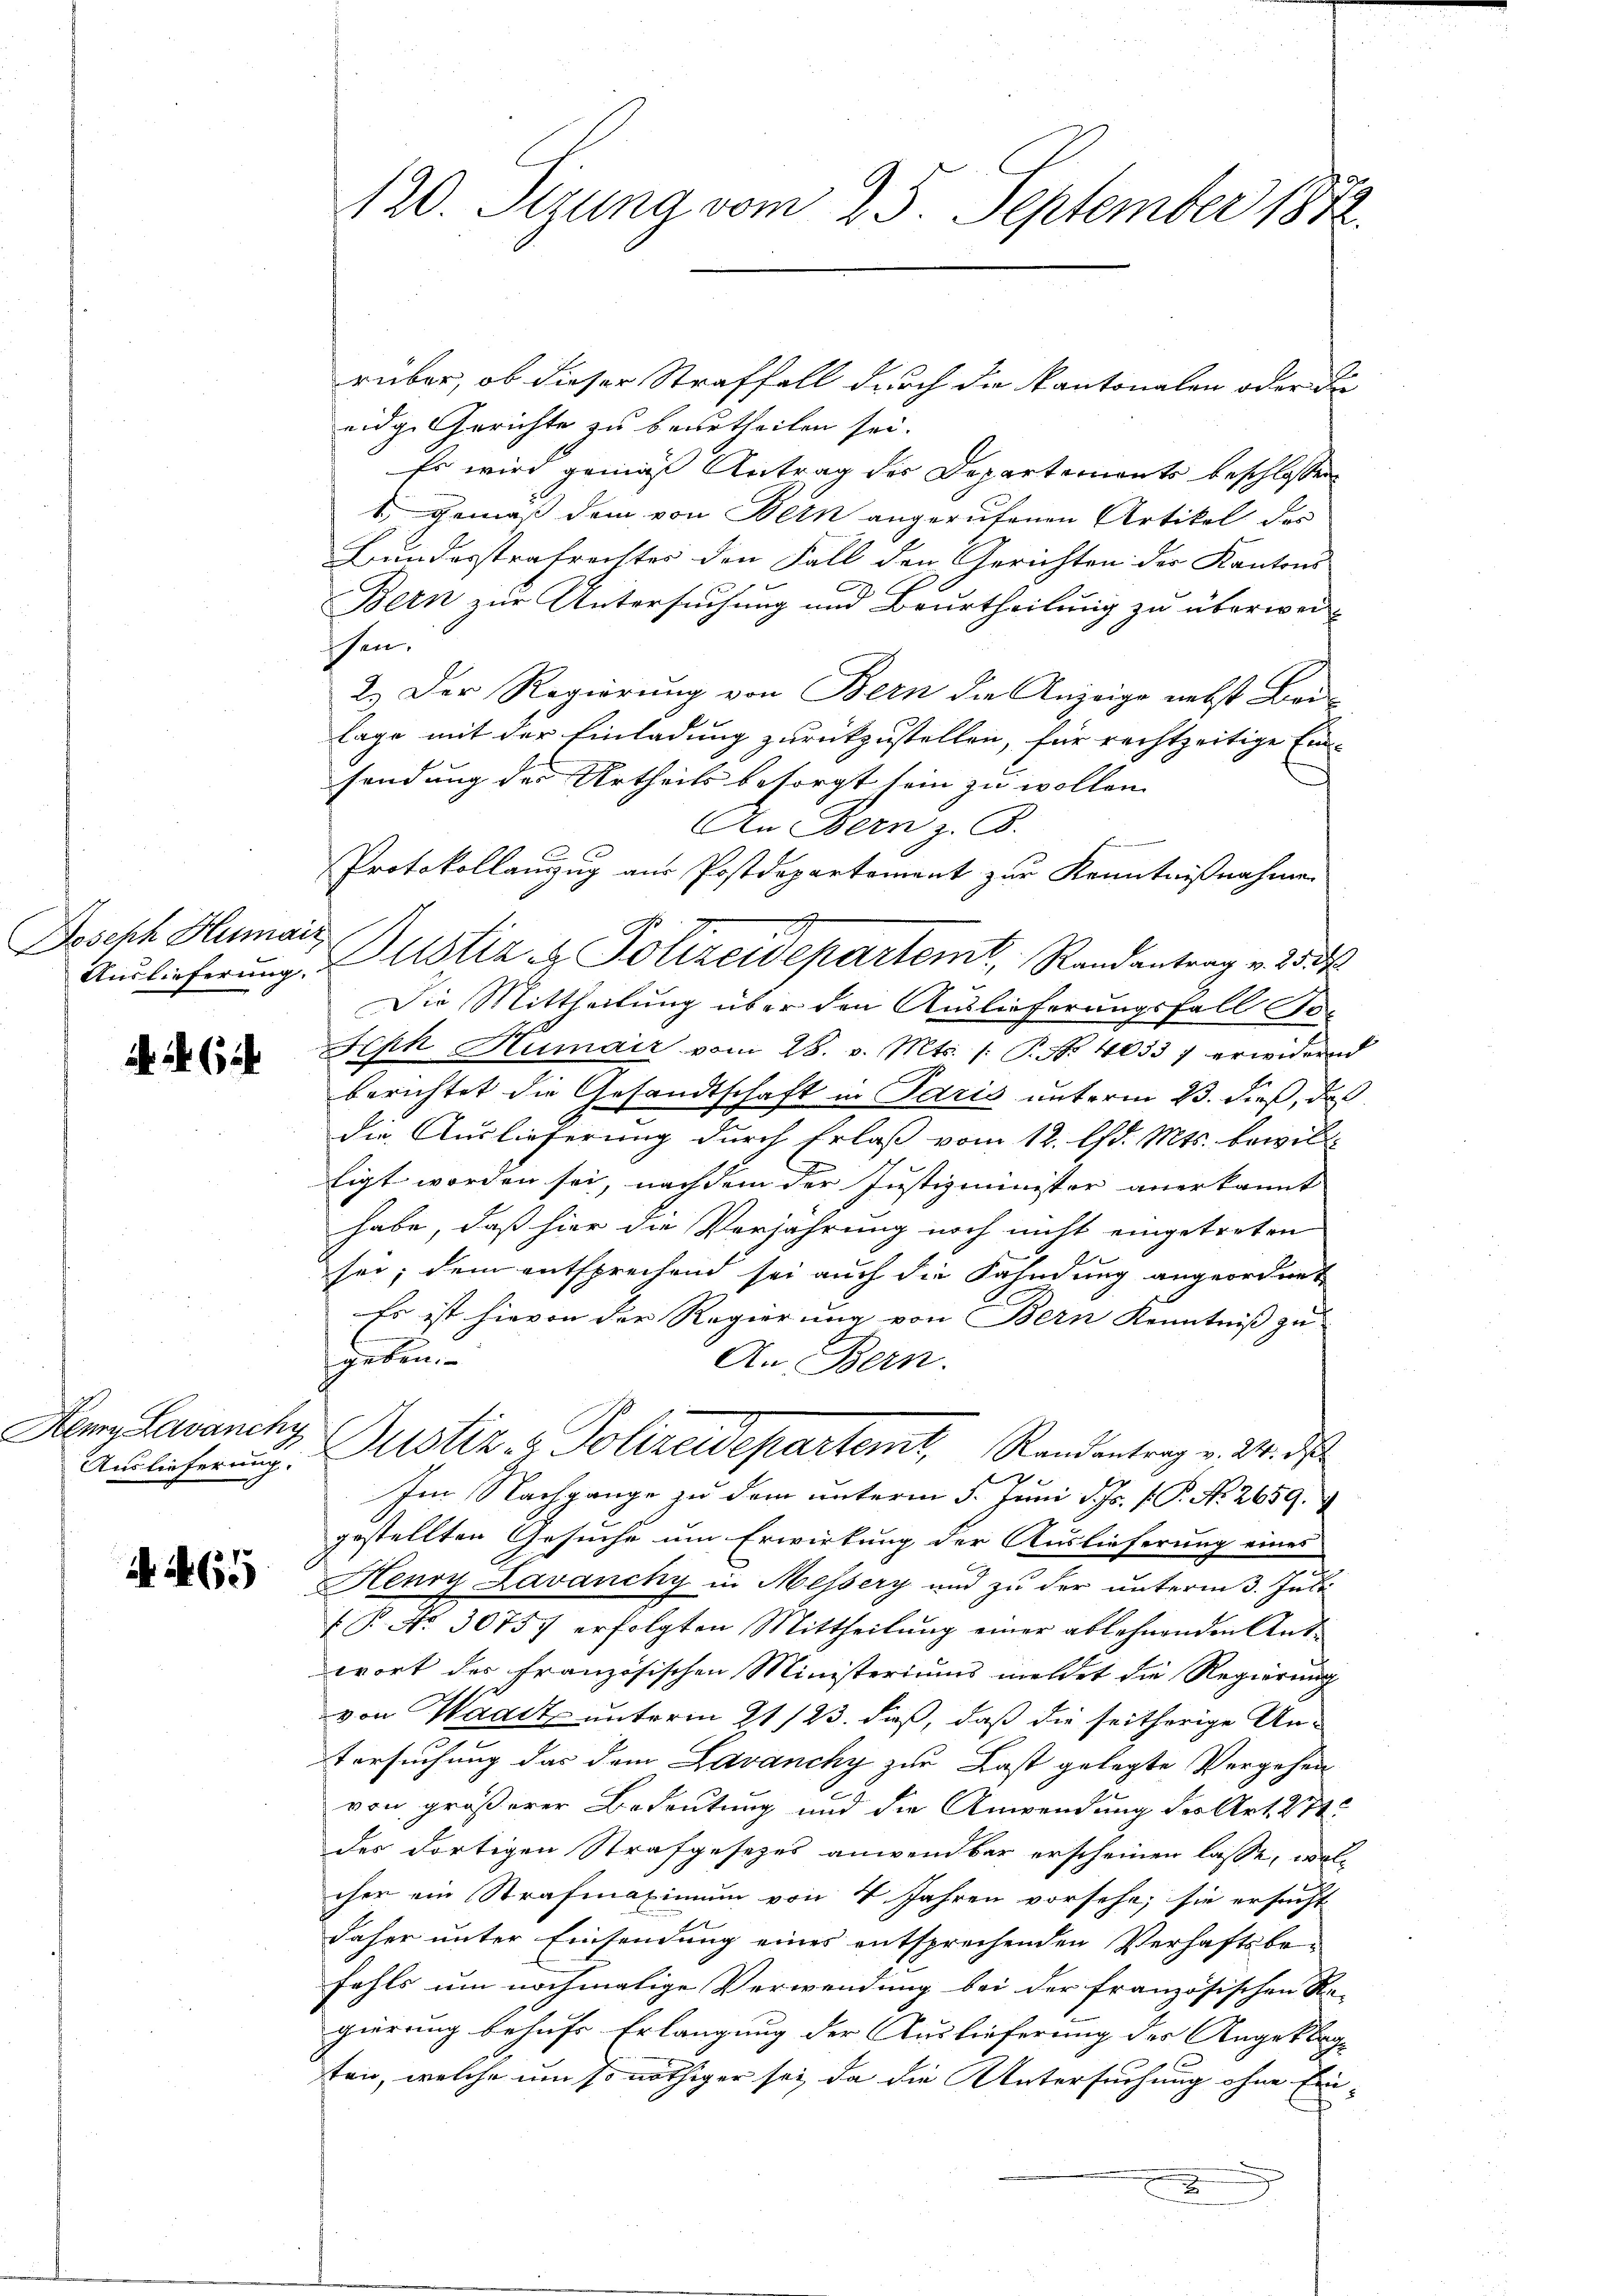
Joseph Humaiz

. 62

Henry Lavanchy

N. N. 65

rüber, ob dieser Straffall durch die kantonalen oder de
eidge Gerichte zu beurtheilen sei.
Es wird gemäß Antrag der Departements beschlossen
1. gemäß dem von Bern angerufenen Artikel des
Bundesstrafrechtes den Fall den Gerichten des Kantons-
Bern zur Untersuchung und Beurtheilung zu überwei
ssen.
2.) Der Regierung von Bern die Anzeige nebst Bei-
lage mit der Einladung zurückzustellen, für rechtzeitige Ein-
sendung des Urtheils besorgt sein zu wollen.
An Bern z. B.
Protokollauzug aus Postdepartement zur Kenntnißnahme

Auslieferung. Alstiz & Polizeidepartem Randantrag v. 25. d.
Die Mittheilung über den Auslieferungsfall do-
Seph Humair vom 28. v. Mts. /: P. Nr. 4033 erwidernd
berichtet die Gesandtschaft in Paris unterm 23. dieß, das
g
die Auslieferung durch Erlaß vom 12. lfd. Mts. bewill-
tigt worden sei, nachdem der Justizminister anerkannt
habe, daß hier die Verjährung noch nicht eingetreten
sei; dem entsprechend sei auch die Kahndung angeordnet
Es ist hievon der Regierung von Bern Kenntniß zu
geben.
An Bern.
Anlicherung. Justiz- & Polizeidepartemt, Randantrag v. 24. ds.
Im Nachgange zu dem unterm 5. Juni d. Js. f. P. N. 2659.
gestellten Gesuche um Erwirkung der Auslieferung eines
Henry Lavancky in Messery und zu der unterm 3. Juli
 P. Nr. 30757 erfolgten Mittheilung einer ablehnenden Antwort des französischen Ministeriums meldet die Regierung
von Waadt unterm 21/23. dieß, daß die seitherige An-
Versuchung das dem Lavanchy zur Last gelegte Vergehen
von größerer Bedeutung und die Anwendung des Art. 274
des dortigen Strafgesetzes anwendbar erscheinen lasse, woll
cher ein Strafmaximum von 4 Jahren vorsehe, sie ersucht
daher unter Einsendung eines entsprechenden Verhaftsbe-
fahls um nochmalige Verwendung bei der französischen Re-
gierung behufs Erlangung der Auslieferung der Angeklage
ten, welche um so nöthiger sei, da die Untersuchung ohne Ein-
.
u

120. Sizung vom 25. September 1882